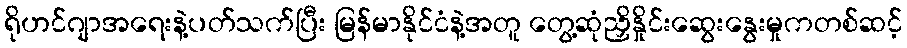
ရိုဟင်ဂျာအရေးနဲ့ပတ်သက်ပြီး မြန်မာနိုင်ငံနဲ့အတူ တွေ့ဆုံညှိနှိုင်းဆွေးနွေးမှုကတစ်ဆင့်